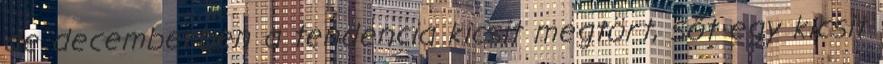
de decemberben a tendencia kicsit megtört, sőt egy kicsit